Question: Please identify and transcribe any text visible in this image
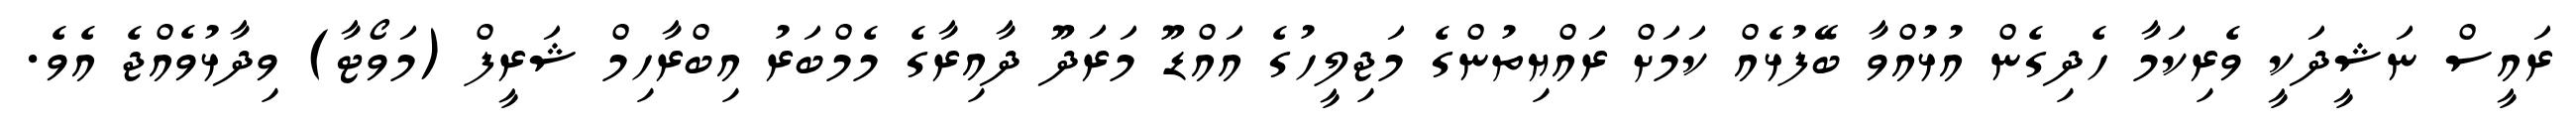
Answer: ރައީސް ނަޝީދަކީ ވެރިކަމާ ހެދިގެން އުޅުއްވާ ބޭފުޅެއް ކަމަށް ރައްޔިތުންގެ މަޖިލީހުގެ އައްޑޫ މަރަދޫ ދާއިރާގެ މެމްބަރު އިބްރާހިމް ޝަރީފް (މަވޯޓާ) ވިދާޅުވެއްޖެ އެވެ.